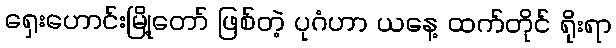
ရှေးဟောင်းမြို့တော် ဖြစ်တဲ့ ပုဂံဟာ ယနေ့ ထက်တိုင် ရိုးရာ